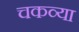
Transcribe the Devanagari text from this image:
चकव्या